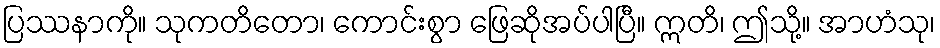
ပြဿနာကို။ သုကတိတော၊ ကောင်းစွာ ဖြေဆိုအပ်ပါပြီ။ ဣတိ၊ ဤသို့။ အာဟံသု၊